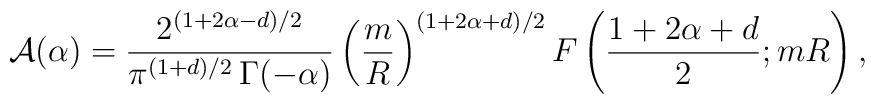
{\cal A}(\alpha)=\frac{2^{(1+2\alpha-d)/2}}{\pi^{(1+d)/2}\,\Gamma(-\alpha)}\left(\frac{m}{R}\right)^{(1+2\alpha+d)/2}F\left(\frac{1+2\alpha+d}{2};mR\right),